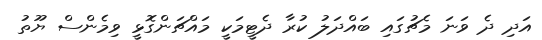
އަދި ދެ ވަނަ މެޗުގައި ބައްދަލު ކުރާ ދެޓީމަކީ މައްޗަންގޮޅީ ވިމެންސް ޔޫތު